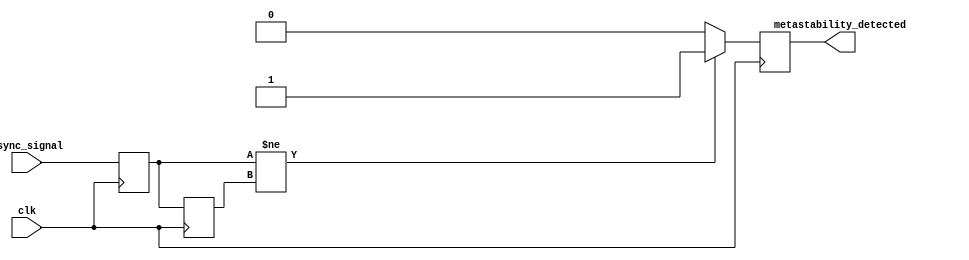
module metastability_detector (
    input wire clk,               // System clock
    input wire async_signal,      // Asynchronous input signal
    output reg metastability_detected // Output signal indicating metastability
);

    reg async_signal_d1;          // Delayed version of async_signal
    reg async_signal_d2;          // Second delayed version of async_signal
    reg pulse;                    // Pulse signal for transition detection

    // Pulse generator: Generate a pulse on the transition of async_signal
    always @(posedge clk) begin
        if (async_signal != async_signal_d1) begin
            pulse <= 1'b1;        // Generate pulse on transition
        end else begin
            pulse <= 1'b0;        // Clear pulse otherwise
        end
    end

    // Sampling flip-flops
    always @(posedge clk) begin
        async_signal_d1 <= async_signal; // Sample async_signal
        async_signal_d2 <= async_signal_d1; // Sample the output of the first flip-flop
    end

    // Metastability detection logic
    always @(posedge clk) begin
        // Check for metastability condition
        if (async_signal_d1 != async_signal_d2) begin
            metastability_detected <= 1'b1; // Metastability detected
        end else begin
            metastability_detected <= 1'b0; // No metastability
        end
    end

endmodule